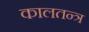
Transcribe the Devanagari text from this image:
कालतन्त्र